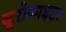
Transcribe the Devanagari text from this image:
यूरोफाइटर